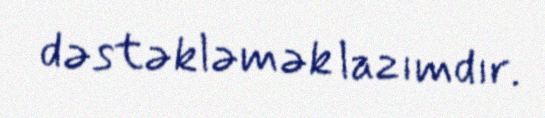
dəstəkləmək lazımdır.